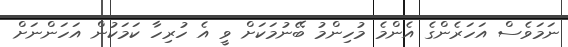
ނަމަވެސް އަހަރެންގެ އެންމެ މުހިންމު ބޭނުމަކަށް ވީ އެ ހުރިހާ ކަމަކުން އަހަންނަށް